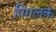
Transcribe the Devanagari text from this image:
पिंगलक